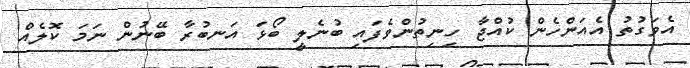
އެވަގުތު އެއަންހެން ކުއްޖާ ހިނިތުންވެފައި ބުނެލީ ބޯޅަ އަނބުރާ ބޭނުން ނަމަ ކޮލެއް